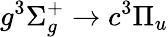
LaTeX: g^{3}\Sigma_{g}^{+}\xrightarrow{}c^{3}\Pi_{u}